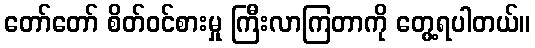
တော်တော် စိတ်ဝင်စားမှု ကြီးလာကြတာကို တွေ့ရပါတယ်။